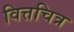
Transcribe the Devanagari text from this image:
वित्तचित्र